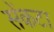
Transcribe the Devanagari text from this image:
सेंकटा